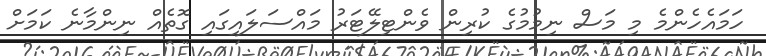
ހަމައެހެންމެ މި މަސް ނިމުމުގެ ކުރިން ވެންޓިލޭޓަރު މައްސަލައިގައި ގޮތެއް ނިންމާނެ ކަމަށް